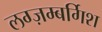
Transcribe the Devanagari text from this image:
लग्ज़म्बर्गिश